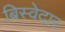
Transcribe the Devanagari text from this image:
बिस्‍वेदार